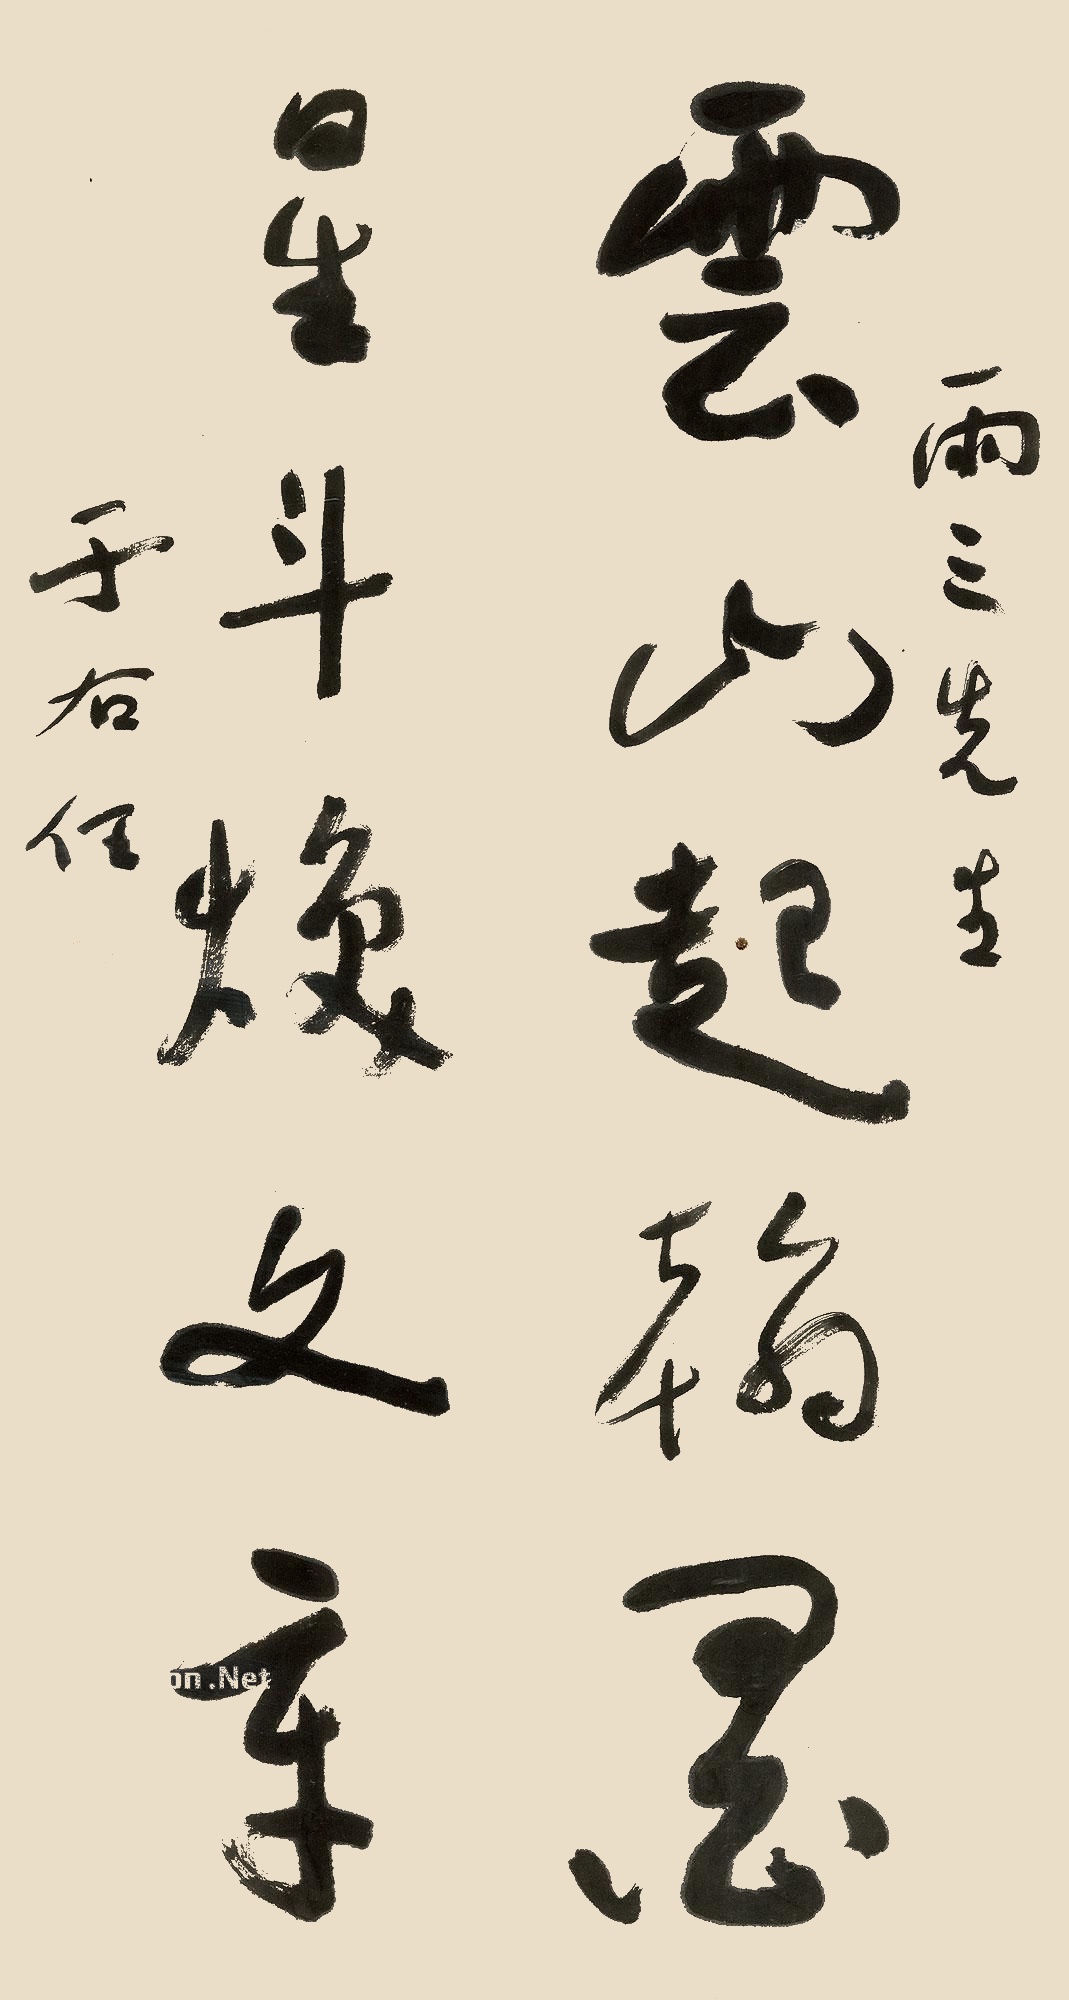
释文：云山起翰墨，星斗焕文章。雨三先生，于右任